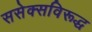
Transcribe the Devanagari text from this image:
ससेक्सविरूद्ध